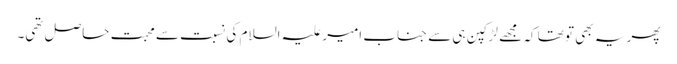
پھر یہ بھی تو تھا کہ مجھے لڑکپن ہی سے جناب امیر علیہ السلام کی نسبت سے محبت حاصل تھی۔